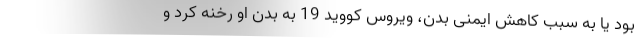
بود یا به سبب کاهش ایمنی بدن، ویروس کووید 19 به بدن او رخنه کرد و